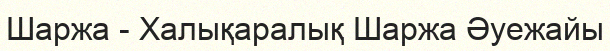
Шаржа - Халықаралық Шаржа Әуежайы